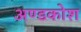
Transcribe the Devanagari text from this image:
अण्डकोश